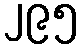
၂၉၅